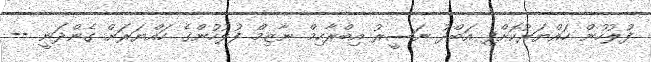
ފުލުހުން ހައްޔަރުކޮށްފި އަބްދު ނަސީރު އިބްރާހިމް ނާޒިމް ފުލުހުންގެ ހައްޔަރަށް ގެންދަނީ --